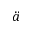
\ddot { a }